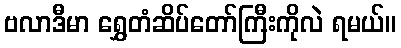
ဗလာဒီမာ ရွှေတံဆိပ်တော်ကြီးကိုလဲ ရမယ်။